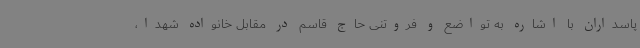
پاسداران با اشاره به تواضع و فروتنی حاج قاسم در مقابل خانواده شهدا،